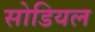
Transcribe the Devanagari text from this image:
सोडियल